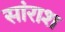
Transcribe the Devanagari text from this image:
सांराश